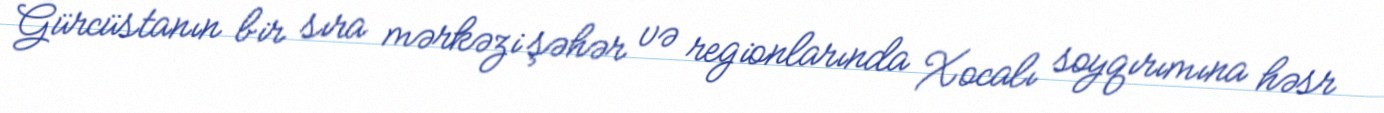
Gürcüstanın bir sıra mərkəzi şəhər və regionlarında Xocalı soyqırımına həsr